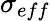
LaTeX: \sigma_{eff}